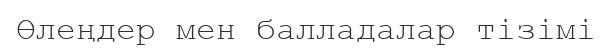
Өлеңдер мен балладалар тізімі